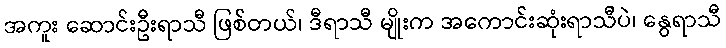
အကူး ဆောင်းဦးရာသီ ဖြစ်တယ်၊ ဒီရာသီ မျိုးက အကောင်းဆုံးရာသီပဲ၊ နွေရာသီ